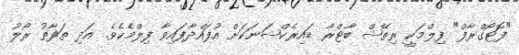
"ފޮޓޯގްރާފް" ފިލްމަކީ ރިތޭޝް ބާޓްރާ ޑައިރެކްޝަނަކަށް އުފައްދާފައިވާ ފިލްމެކެވެ. އަދި ތަަފާތު ރޯލު